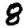
Digit: 8